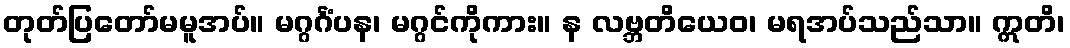
တုတ်ပြတော်မမူအပ်။ မဂ္ဂင်္ဂံပန၊ မဂ္ဂင်ကိုကား။ န လဗ္ဘတိယေဝ၊ မရအပ်သည်သာ။ ဣတိ၊